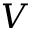
V